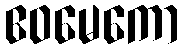
ဧဝမေကော